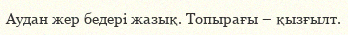
Аудан жер бедері жазық. Топырағы – қызғылт.